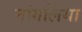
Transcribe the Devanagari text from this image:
नांगलिया